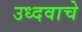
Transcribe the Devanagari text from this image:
उध्दवाचे